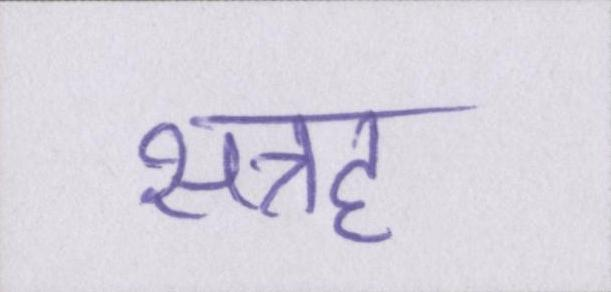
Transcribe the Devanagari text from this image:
सत्रह